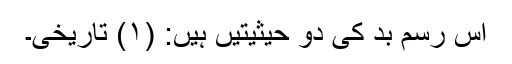
اس رسم بد کی دو حیثیتیں ہیں: (۱) تاریخی۔